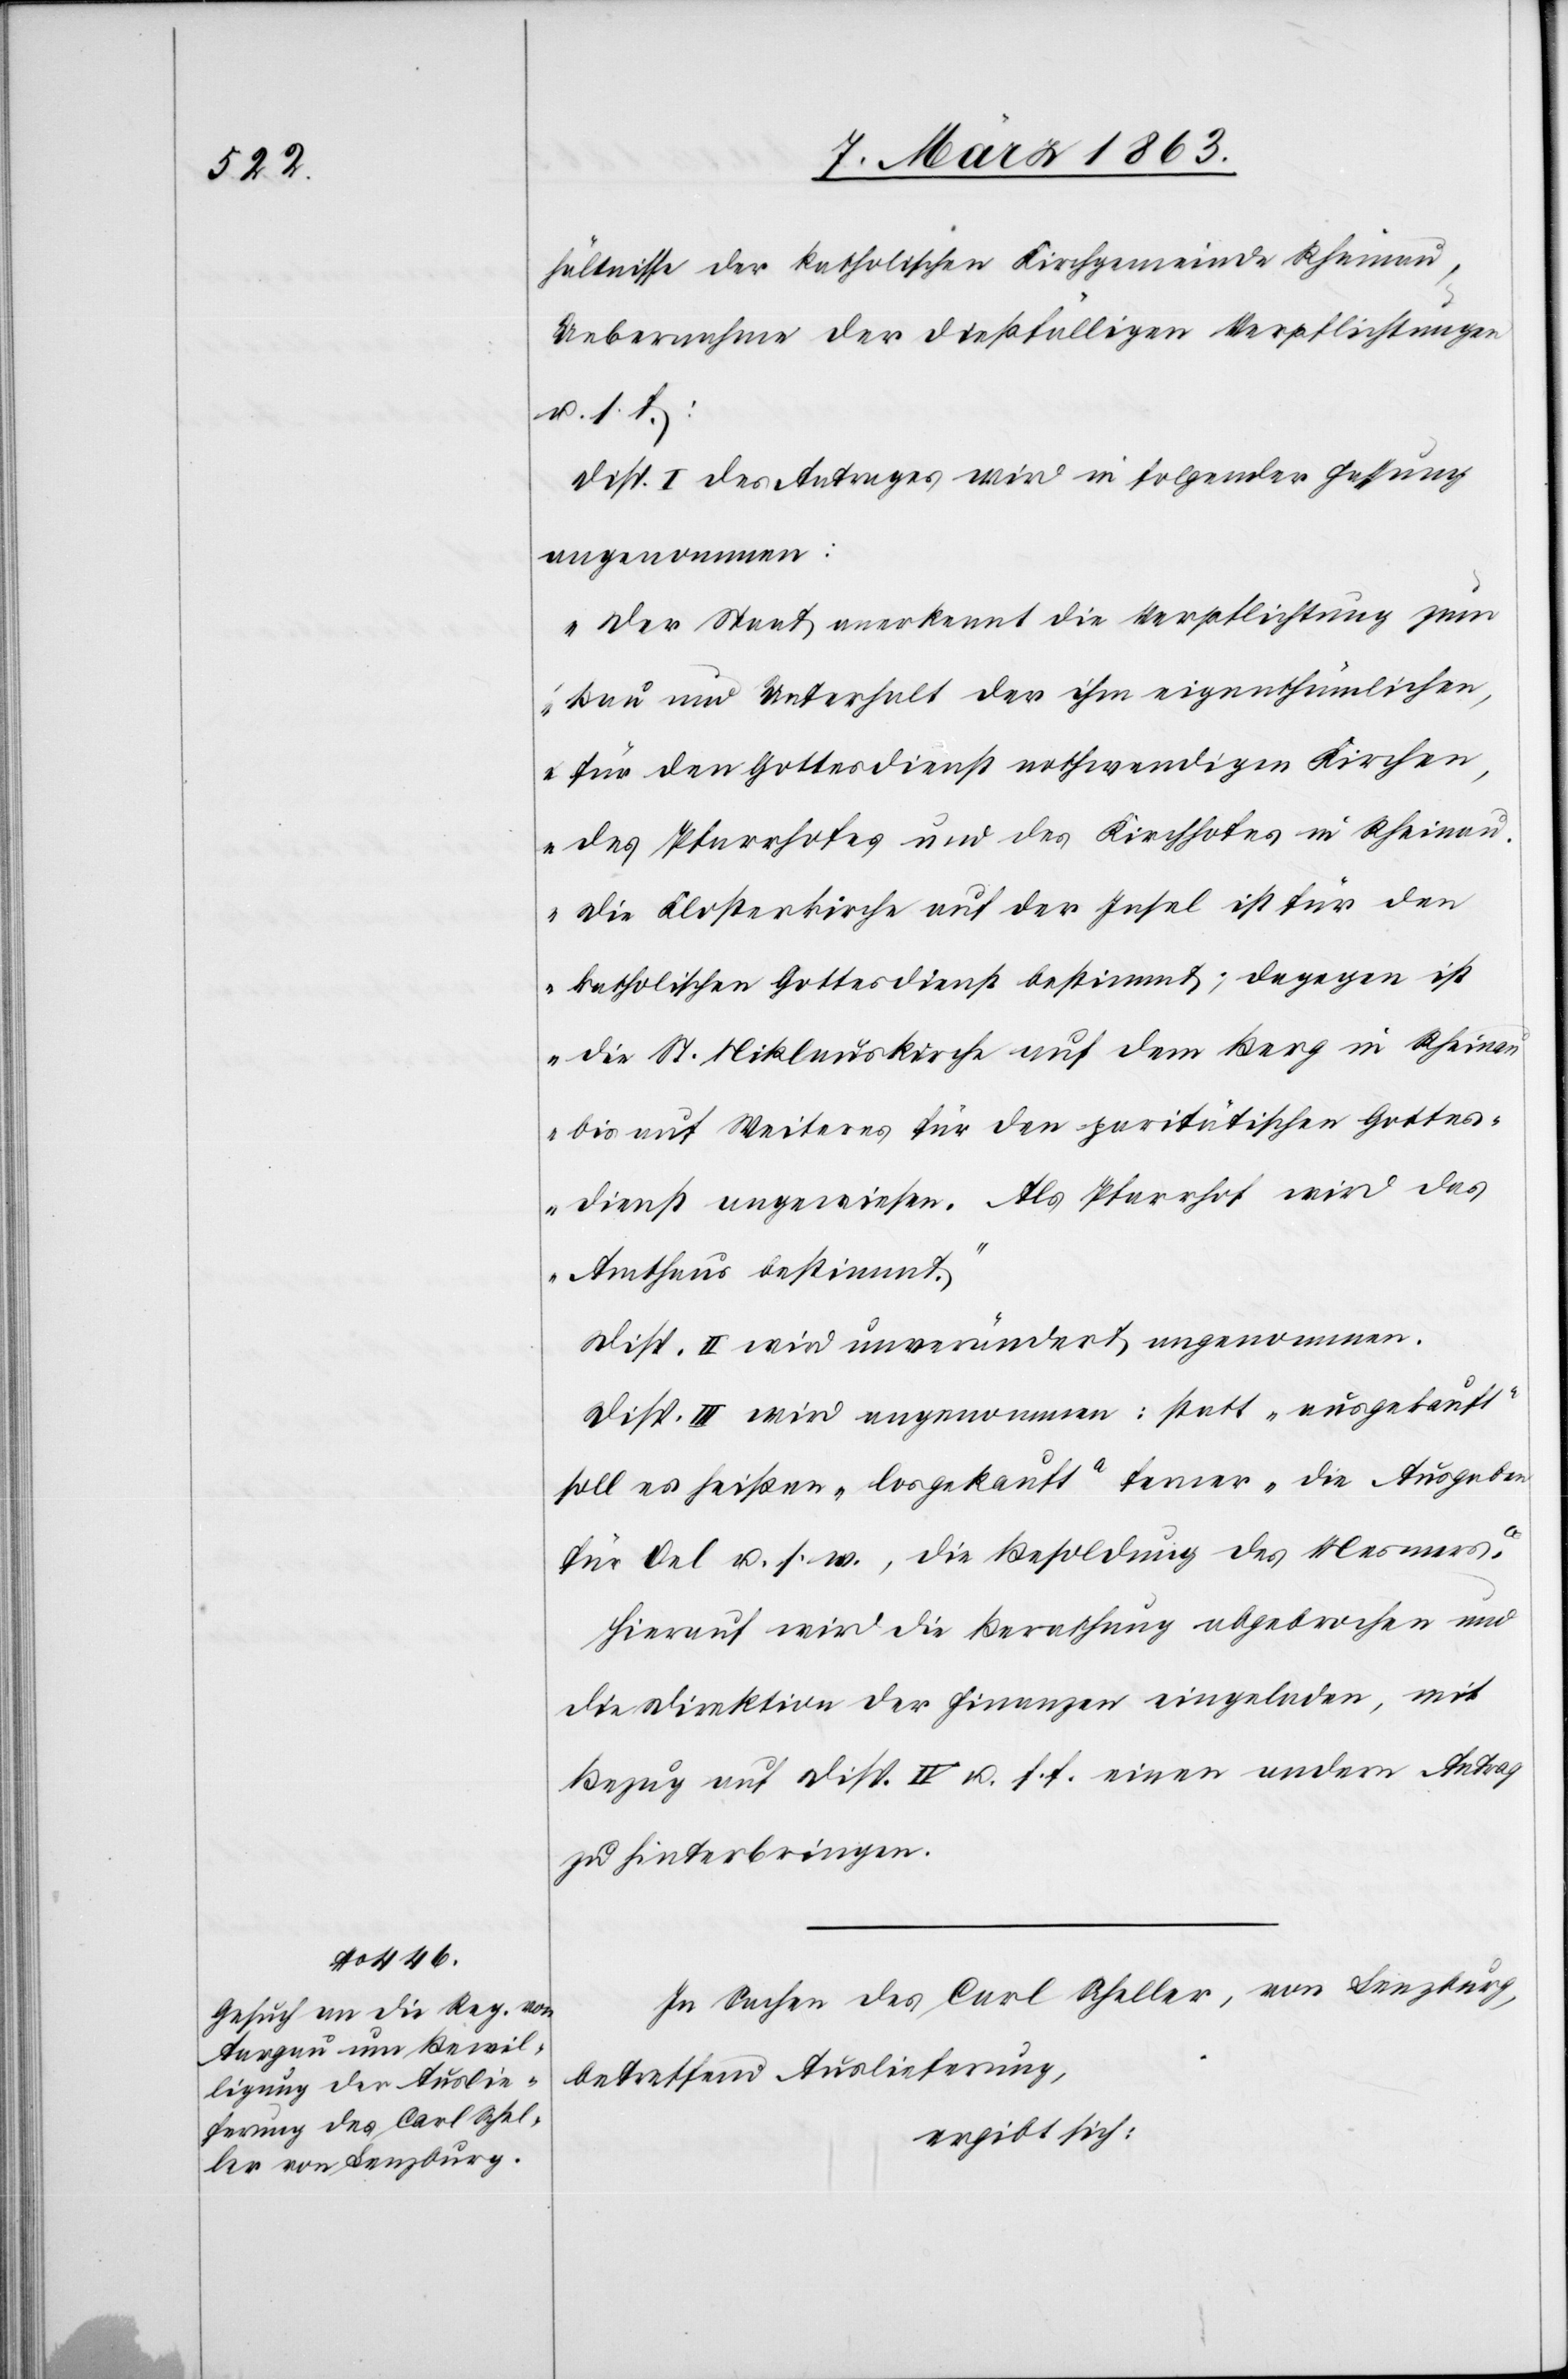
hältnisse der katholischen Kirchgemeinde Rheinau,
Uebernahme der dießfälligen Verpflichtungen
u. s. f.:
Disp. I. des Antrages wird in folgender Fassung
angenommen:
„Der Staat anerkennt die Verpflichtung zum
Bau und Unterhalt der ihm eigenthümlichen,
für den Gottesdienst nothwendigen Kirchen,
des Pfarrhofes und des Kirchhofes in Rheina¬
u. Die Klosterkirche auf der Insel ist für den
katholischen Gottesdienst bestimmt; dagegen ist
die St. Niklauskirche auf dem Berg in Rheina¬
u bis auf Weiteres für den paritätischen Gottes¬
dienst angewiesen. Als Pfarrhof wird das
Amthaus bestimmt.“
Disp. II wird unverändert angenommen.
Disp. III wird angenommen: statt „ausgekauft“
soll es heißen „losgekauft“ ferner „die Ausgaben
für Oel u. s. w., die Besoldung des Mesmers“.
Hierauf wird die Berathung abgebrochen und
die Direktion der Finanzen eingeladen, mit
Bezug auf Disp. IV u. f. f. einen andern Antrag
zu hinterbringen.
In Sachen des Carl Scheller, von Lenzburg,
betreffend Auslieferung,
ergibt sich: